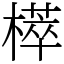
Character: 㯜